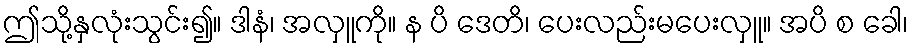
ဤသို့နှလုံးသွင်း၍။ ဒါနံ၊ အလှူကို။ န ပိ ဒေတိ၊ ပေးလည်းမပေးလှူ။ အပိ စ ခေါ၊